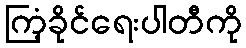
ကြံ့ခိုင်ရေးပါတီကို